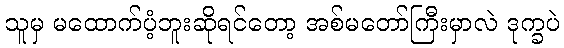
သူမှ မထောက်ပံ့ဘူးဆိုရင်တော့ အစ်မတော်ကြီးမှာလဲ ဒုက္ခပဲ